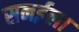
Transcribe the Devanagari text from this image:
सनईला